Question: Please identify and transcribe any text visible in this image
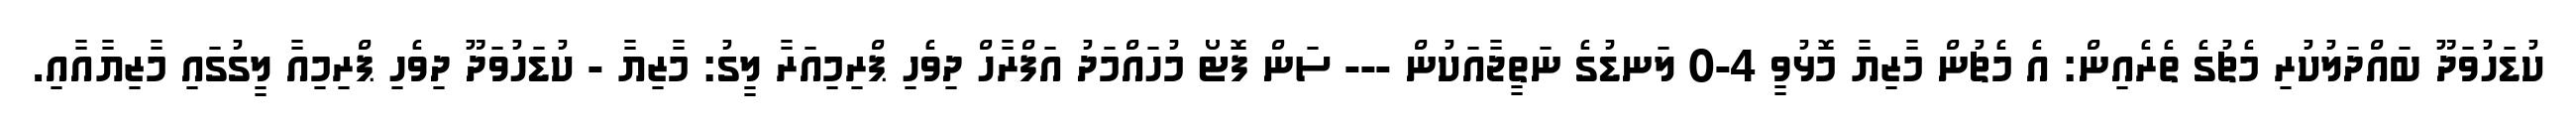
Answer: ކުޑަހުވަދޫ ބައްދަލުކުރި މެޗުގެ ތެރެއިން: އެ މެޗުން މާޒިޔާ މޮޅުވީ 4-0 ލަނޑުގެ ނަތީޖާއަކުން --- ސަން ފޮޓޯ މުހައްމަދު އަފްރާހް ދިވެހި ޕްރިމިއަރާ ލީގު: މާޒިޔާ - ކުޑަހުވަދޫ ދިވެހި ޕްރިމިއާ ލީގުގައި މާޒިޔާއާއި.